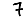
Digit: 7